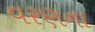
વરણના